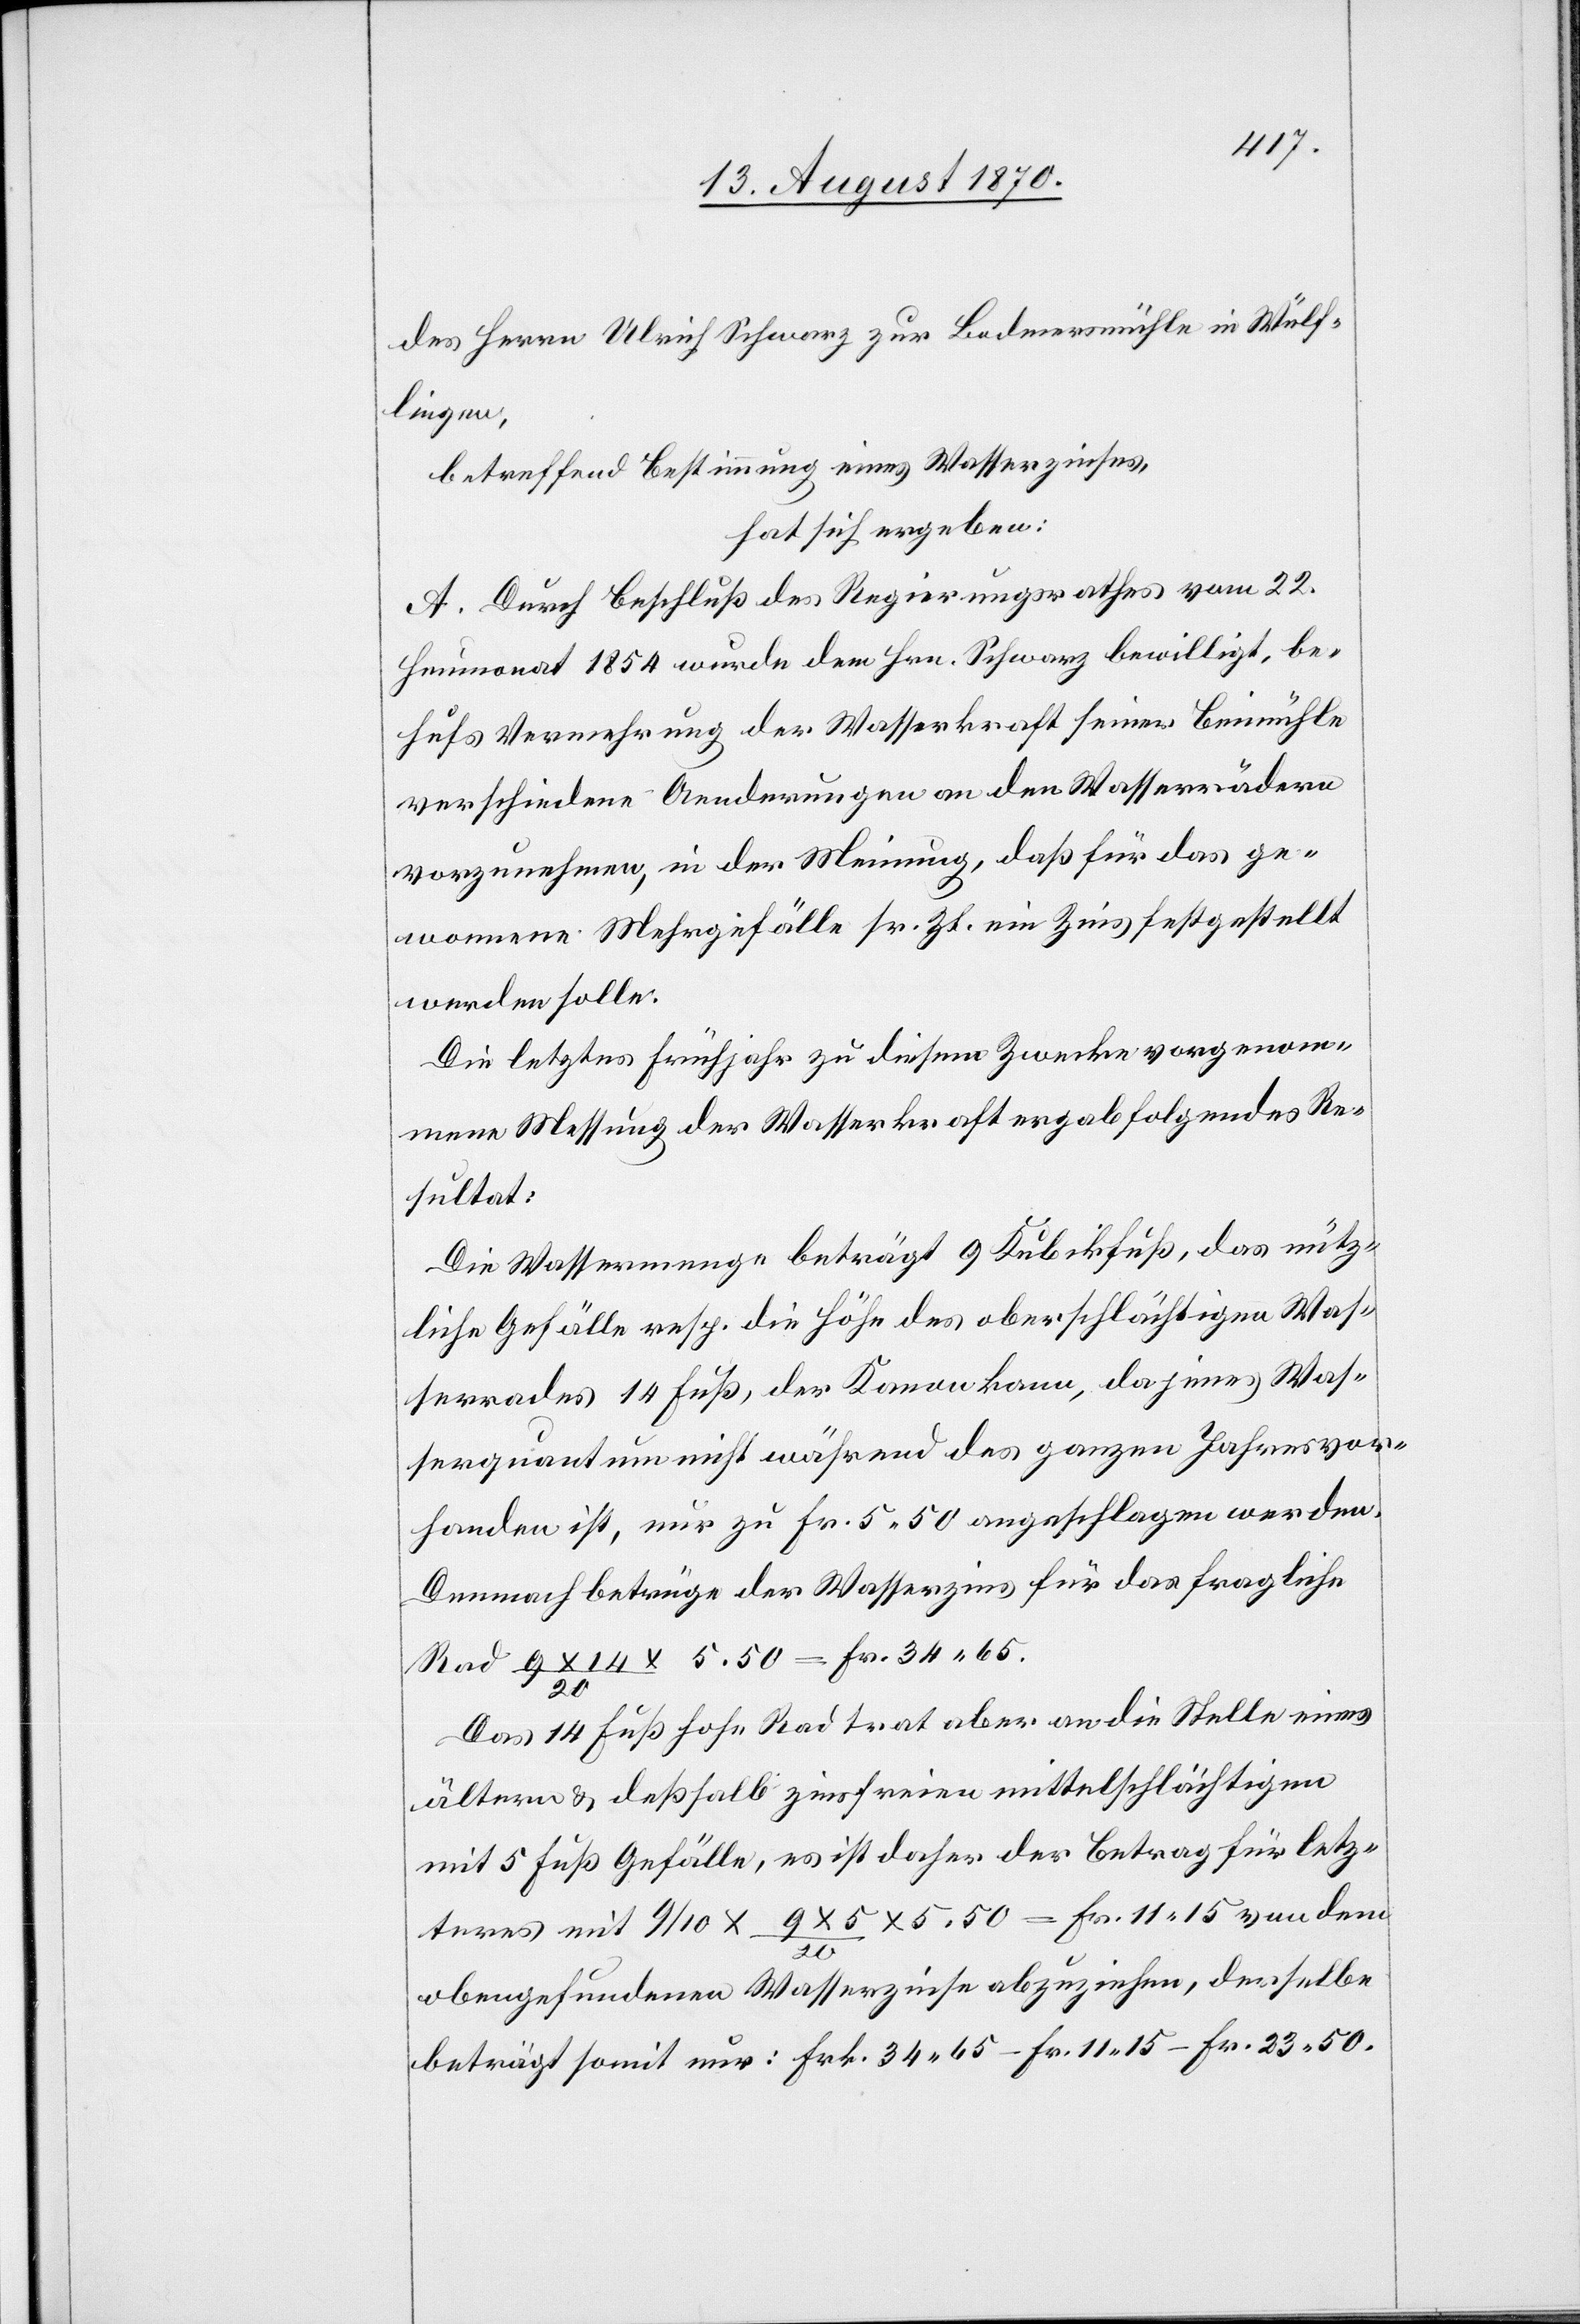
des Herrn Ulrich Schwarz zur Bodmersmühle in Wülf¬
lingen,
betreffend Bestimmung eines Wasserzinses,
hat sich ergeben:
A. Durch Beschluß des Regierungsrathes vom 22.
Heumonat 1854 wurde dem Hrn. Schwarz bewilligt, be¬
hufs Vermehrung der Wasserkraft seiner Beimühle
verschiedene Aenderungen an den Wasserrädern
vorzunehmen, in der Meinung, daß für das ge¬
wonnene Mehrgefälle sr. Zt. ein Zins festgestellt
werden solle.
Die letztes Frühjahr zu diesem Zwecke vorgenom¬
mene Messung der Wasserkraft ergab folgendes Re¬
sultat:
Die Wassermenge beträgt 9 Kubikfuß, das nütz¬
liche Gefälle resp. die Höhe des oberschlächtigen Was¬
serrechtes 14 Fuß, der Kanon kann, da jenes Was¬
serquantum nicht während des ganzen Jahres vor¬
handen ist, nur zu Fr. 5.50 angeschlagen werden.
Demnach betrüge der Wasserzins für das fragliche
Rad 9 x 14 / 20 x 5.50 Fr. 34.65.
Das 14 Fuß hohe Rad trat aber an die Stelle eines
ältern & deßhalb zinsfreien mittelschlächtigen
mit 5 Fuß Gefälle, es ist daher der Betrag für letz¬
teres mit 9/10 x 9 x 5 / 20 x 5.50 = Fr. 11.15 von dem
obengefundenen Wasserzinse abzuziehen, derselbe
beträgt somit nur: Frk. 34.65 – Fr. 11.15 – Fr. 23.50